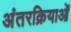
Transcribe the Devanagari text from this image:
अंतरक्रियाओं